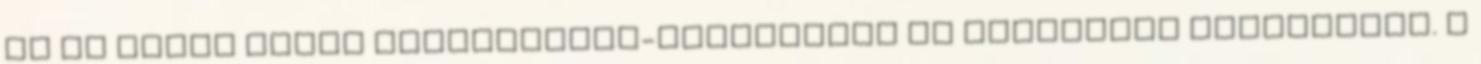
és az ebbõl eredõ nemzettudat-pusztítást is iparkodik gyógyítani. A